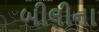
બીલીના